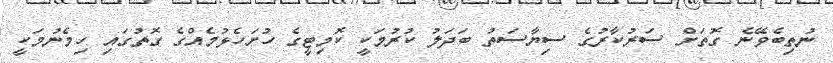
ނުތިބެވޭނެ ގޮތަށް ސަރުކާރުގެ ސިޔާސަތު ބަދަލު ކުރުމަކީ ކޮމިޓީގެ ހުށަހެޅުމެއްގެ ގޮތުގައި ހިމެނުމަކީ